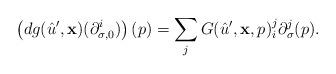
LaTeX: \begin{align*}\left(d g(\hat u',{\bf x}) ( \partial_{\sigma,0}^i)\right)(p)=\sum_j G(\hat u',{\bf x},p)_i^j \partial_{\sigma}^j(p).\end{align*}